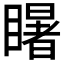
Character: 𭿦